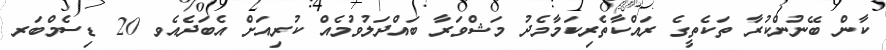
ކާން ބޭނުންކުރާ ތަކެތީގެ ރައްކާތެރިކަމާމެދު މަޝްވަރާ ބައްދަލުވުމެއް ކުރިއަށް އެބަދެއެވ 20 ޑިސެމްބަރ